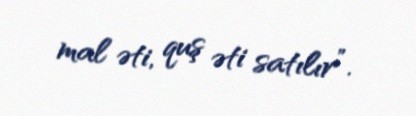
mal əti, quş əti satılır”.